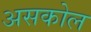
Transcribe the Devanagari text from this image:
असकोल